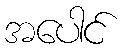
အပေါင်